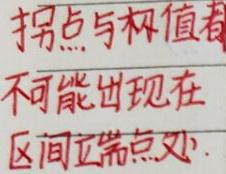
拐点与极值都
不可能出现在
区间端点处.